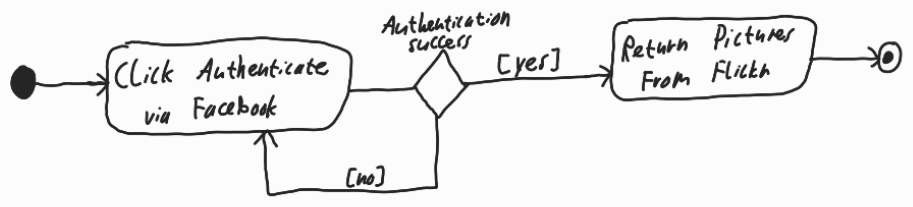
Diagram type: activity_diagram
```plantuml
@startuml

start

repeat:Click Authenticate via Facebook;
repeat while (Authentication success) is ([no]) not ([yes])

:Return Pictures From Flickr;

stop

@enduml
```